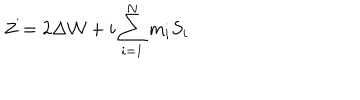
Z = 2 \Delta { \cal W } + i \sum _ { i = 1 } ^ { N } m _ { i } S _ { i }